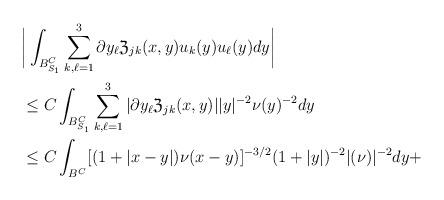
LaTeX: \begin{align*}&\bigg| \int_{B^C_{S_1}} \sum^3_{k,\ell=1} \partial y_{\ell} \mathfrak Z_{jk} (x,y) u_k (y) u_{\ell} (y) dy \bigg|\\&\le C \int_{B^C_{S_1}} \sum^3_{k,\ell=1} |\partial y_{\ell} \mathfrak Z_{jk} (x,y) | |y|^{-2} \nu (y)^{-2} dy\\&\le C \int_{B^C} [(1+|x-y|)\nu (x-y)]^{-3/2} (1+|y|)^{-2} |(\nu )|^{-2}dy + \end{align*}